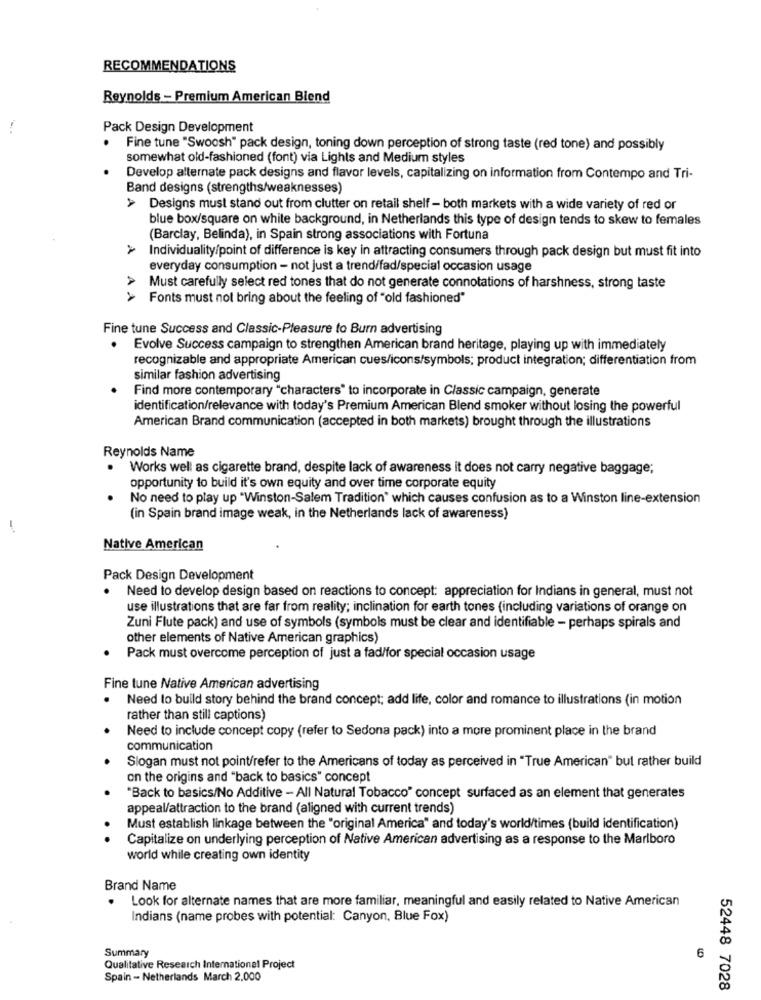
RECOMMENDATIONS
Reynolds - Premium American Blend
Pack Design Development
Fine tune "Swoosh" pack design, toning down perception of strong taste (red tone) and possibly
somewhat old-fashioned (font) via Lights and Medium styles
Develop alternate pack designs and flavor levels, capitalizing on information from Contempo and Tri-
Band designs (strengths/weaknesses)
> Designs must stand out from clutter on retail shelf - both markets with a wide variety of red or
blue box/square on white background, in Netherlands this type of design tends to skew to females
(Barclay, Belinda), in Spain strong associations with Fortuna
A4
Individuality/point of difference is key in attracting consumers through pack design but must fit into
everyday consumption - not just a trend/fad/special occasion usage
Must carefully select red tones that do not generate connotations of harshness, strong taste
> Fonts must not bring about the feeling of "old fashioned"
Fine tune Success and Classic-Pleasure to Burn advertising
Evolve Success campaign to strengthen American brand heritage, playing up with immediately
recognizable and appropriate American cues/icons/symbols; product integration; differentiation from
similar fashion advertising
Find more contemporary "characters" to incorporate in Classic campaign, generate
identification/relevance with today's Premium American Blend smoker without losing the powerful
American Brand communication (accepted in both markets) brought through the illustrations
Reynolds Name
· Works well as cigarette brand, despite lack of awareness it does not carry negative baggage;
opportunity to build it's own equity and over time corporate equity
No need to play up "Winston-Salem Tradition" which causes confusion as to a Winston line-extension
(in Spain brand image weak, in the Netherlands lack of awareness)
-
Native American
Pack Design Development
.
Need to develop design based on reactions to concept: appreciation for Indians in general, must not
use illustrations that are far from reality; inclination for earth tones (including variations of orange on
Zuni Flute pack) and use of symbols (symbols must be clear and identifiable - perhaps spirals and
other elements of Native American graphics)
Pack must overcome perception of just a fad/for special occasion usage
Fine tune Native American advertising
Need to build story behind the brand concept; add life, color and romance to illustrations (in motion
rather than still captions)
Need to include concept copy (refer to Sedona pack) into a more prominent place in the brand
communication
Slogan must not point/refer to the Americans of today as perceived in "True American" but rather build
on the origins and "back to basics" concept
"Back to basics/No Additive - All Natural Tobacco" concept surfaced as an element that generates
appeal/attraction to the brand (aligned with current trends)
Must establish linkage between the "original America" and today's world/times (build identification)
Capitalize on underlying perception of Native American advertising as a response to the Marlboro
world while creating own identity
Brand Name
Look for alternate names that are more familiar, meaningful and easily related to Native American
Indians (name probes with potential: Canyon, Blue Fox)
6
Summary
Qualitative Research International Project
Spain - Netherlands March 2,000
52448 7028